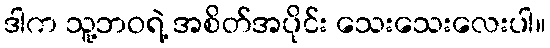
ဒါက သူ့ဘဝရဲ့ အစိတ်အပိုင်း သေးသေးလေးပါ။